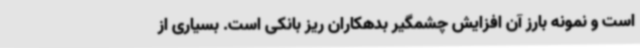
است و نمونه بارز آن افزایش چشمگیر بدهکاران ریز بانکی است. بسیاری از